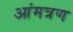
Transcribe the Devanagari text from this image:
आंमत्रण